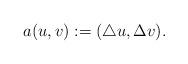
LaTeX: \begin{align*}a(u, v):= (\triangle u, \Delta v).\end{align*}